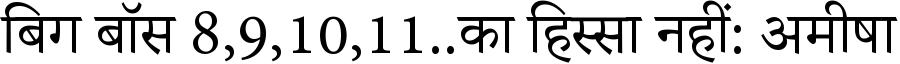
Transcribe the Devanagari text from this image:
बिग बॉस 8,9,10,11..का हिस्सा नहीं: अमीषा